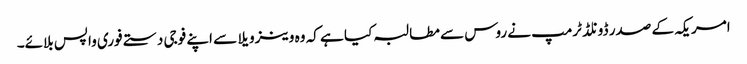
امریکہ کے صدر ڈونلڈ ٹرمپ نے روس سے مطالبہ کیا ہے کہ وہ وینزویلا سے اپنے فوجی دستے فوری واپس بلائے۔